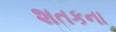
શતકના